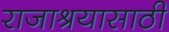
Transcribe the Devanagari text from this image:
राजाश्रयासाठी